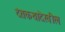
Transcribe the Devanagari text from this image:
दंतकथादेखील